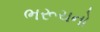
ભરૂચનો